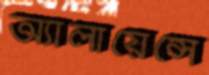
অ্যালায়েন্সে